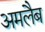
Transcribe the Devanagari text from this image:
अमलैब